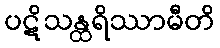
ပဋိသန္ထရိဿာမီတိ